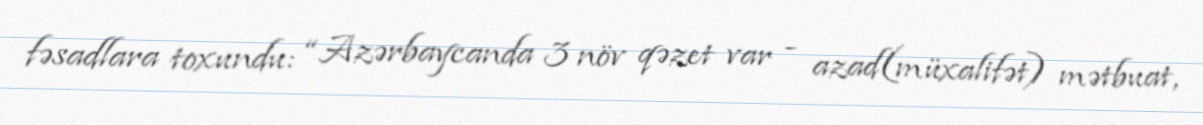
fəsadlara toxundu: “Azərbaycanda 3 növ qəzet var - azad(müxalifət) mətbuat,